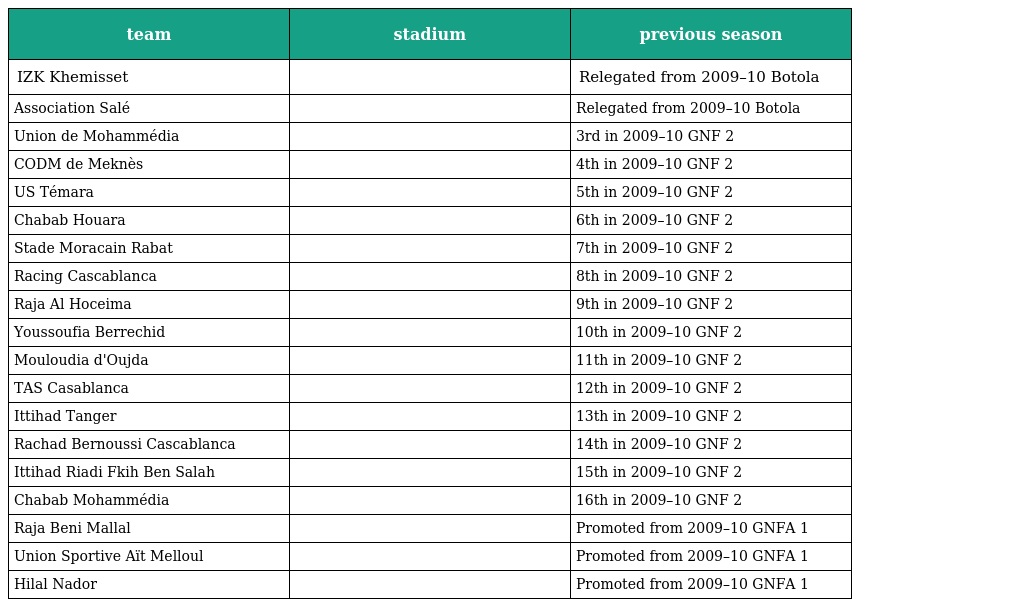
| team | stadium | previous season |
 | --- | --- | --- |
 | IZK Khemisset |  | Relegated from 2009–10 Botola |
 | Association Salé |  | Relegated from 2009–10 Botola |
 | Union de Mohammédia |  | 3rd in 2009–10 GNF 2 |
 | CODM de Meknès |  | 4th in 2009–10 GNF 2 |
 | US Témara |  | 5th in 2009–10 GNF 2 |
 | Chabab Houara |  | 6th in 2009–10 GNF 2 |
 | Stade Moracain Rabat |  | 7th in 2009–10 GNF 2 |
 | Racing Cascablanca |  | 8th in 2009–10 GNF 2 |
 | Raja Al Hoceima |  | 9th in 2009–10 GNF 2 |
 | Youssoufia Berrechid |  | 10th in 2009–10 GNF 2 |
 | Mouloudia d'Oujda |  | 11th in 2009–10 GNF 2 |
 | TAS Casablanca |  | 12th in 2009–10 GNF 2 |
 | Ittihad Tanger |  | 13th in 2009–10 GNF 2 |
 | Rachad Bernoussi Cascablanca |  | 14th in 2009–10 GNF 2 |
 | Ittihad Riadi Fkih Ben Salah |  | 15th in 2009–10 GNF 2 |
 | Chabab Mohammédia |  | 16th in 2009–10 GNF 2 |
 | Raja Beni Mallal |  | Promoted from 2009–10 GNFA 1 |
 | Union Sportive Aït Melloul |  | Promoted from 2009–10 GNFA 1 |
 | Hilal Nador |  | Promoted from 2009–10 GNFA 1 |